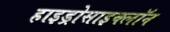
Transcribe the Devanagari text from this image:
हाइड्रोसाइक्लॉन